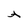
Character: A